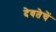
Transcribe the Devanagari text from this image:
देवतेचें